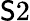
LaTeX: \mathsf{S}2